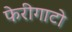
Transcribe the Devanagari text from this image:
फेरीगाटो